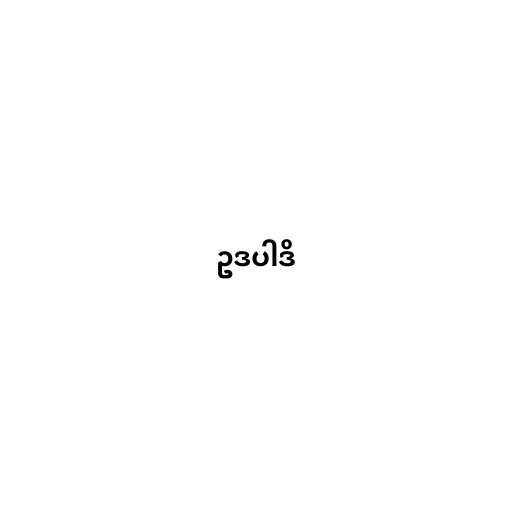
ဥဒပါဒိ